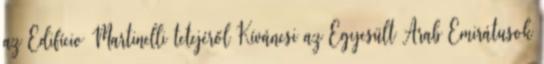
az Edifício Martinelli tetejéről Kíváncsi az Egyesült Arab Emirátusok